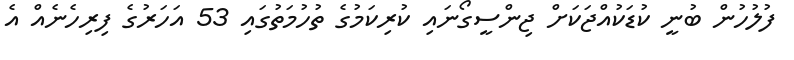
ފުލުހުން ބުނީ ކުޑަކުއްޖަކަށް ޖިންސީގޯނައި ކުރިކަމުގެ ތުހުމަތުގައި 53 އަހަރުގެ ފިރިހެނެއް އެ